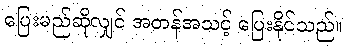
ပြေးမည်ဆိုလျှင် အတန်အသင့် ပြေးနိုင်သည်။